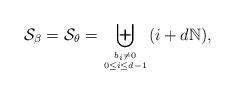
LaTeX: \begin{align*}\mathcal{S}_\beta=\mathcal{S}_\theta=\biguplus_{b_i\neq0\atop 0\leq i\leq d-1 }(i+d\mathbb{N}),\end{align*}